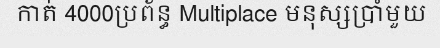
កាត់ 4000ប្រព័ន្ធ Multiplace មនុស្សប្រាំមួយ